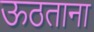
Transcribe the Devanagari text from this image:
ऊठताना